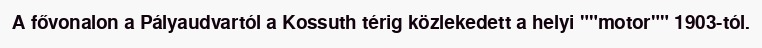
A fővonalon a Pályaudvartól a Kossuth térig közlekedett a helyi ""motor"" 1903-tól.